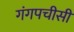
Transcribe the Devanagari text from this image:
गंगपचीसी